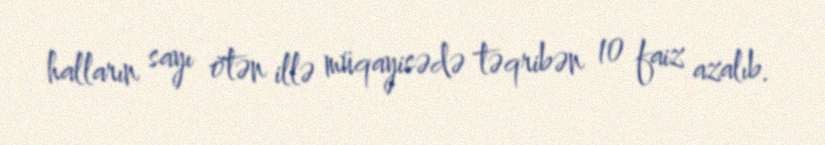
halların sayı ötən illə müqayisədə təqribən 10 faiz azalıb.